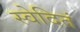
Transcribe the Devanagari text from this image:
स्वेदितं